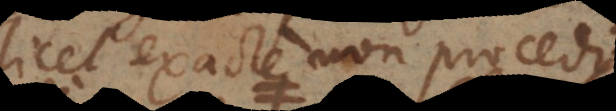
scilicet exacte non procedit.